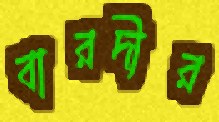
বারদীর